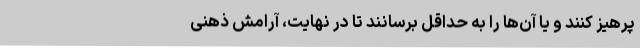
پرهیز کنند و یا آن‌ها را به حداقل برسانند تا در نهایت، آرامش ذهنی